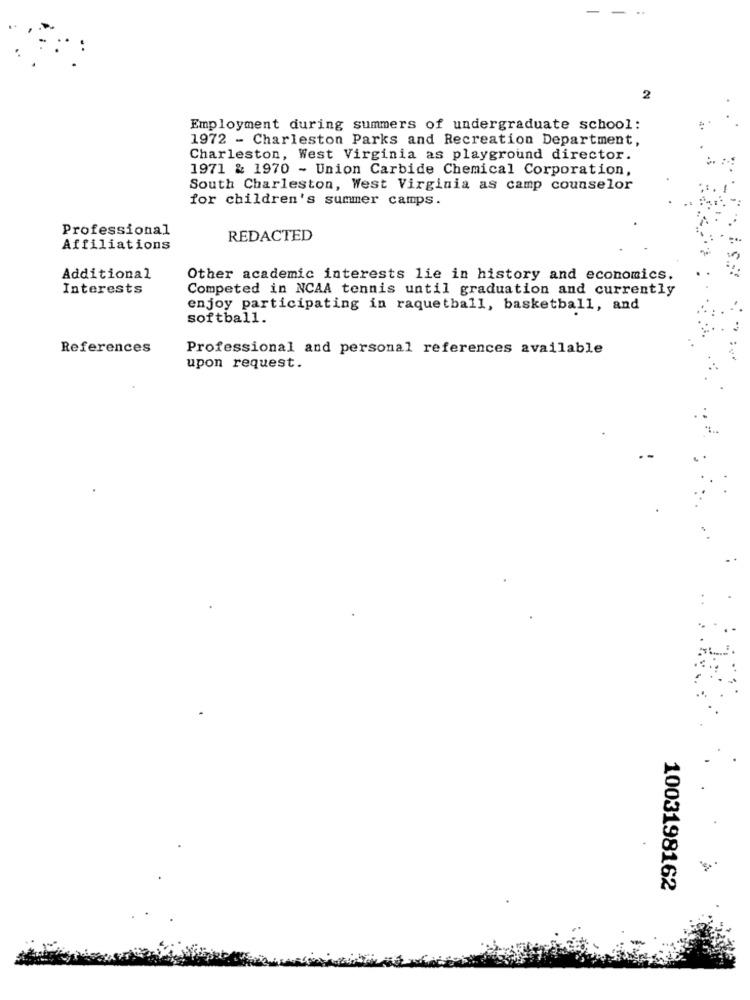
2
Employment during summers of undergraduate school:
1972 - Charleston Parks and Recreation Department,
Charleston, West Virginia as playground director.
1971 & 1970 - Union Carbide Chemical Corporation,
South Charleston, West Virginia as camp counselor
for children's summer camps.
Professional
REDACTED
Affiliations
Additional
Other academic interests lie in history and economics.
Interests
Competed in NCAA tennis until graduation and currently
enjoy participating in raquetball, basketball, and
softball.
References
Professional and personal references available
upon request.
1003198162